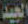
الجيد